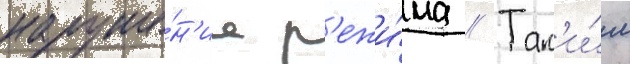
наруше́н'иа р'ежи́ма // Так'и́м